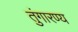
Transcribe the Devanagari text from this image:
तुंगारण्य